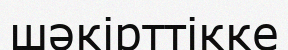
шәкірттікке